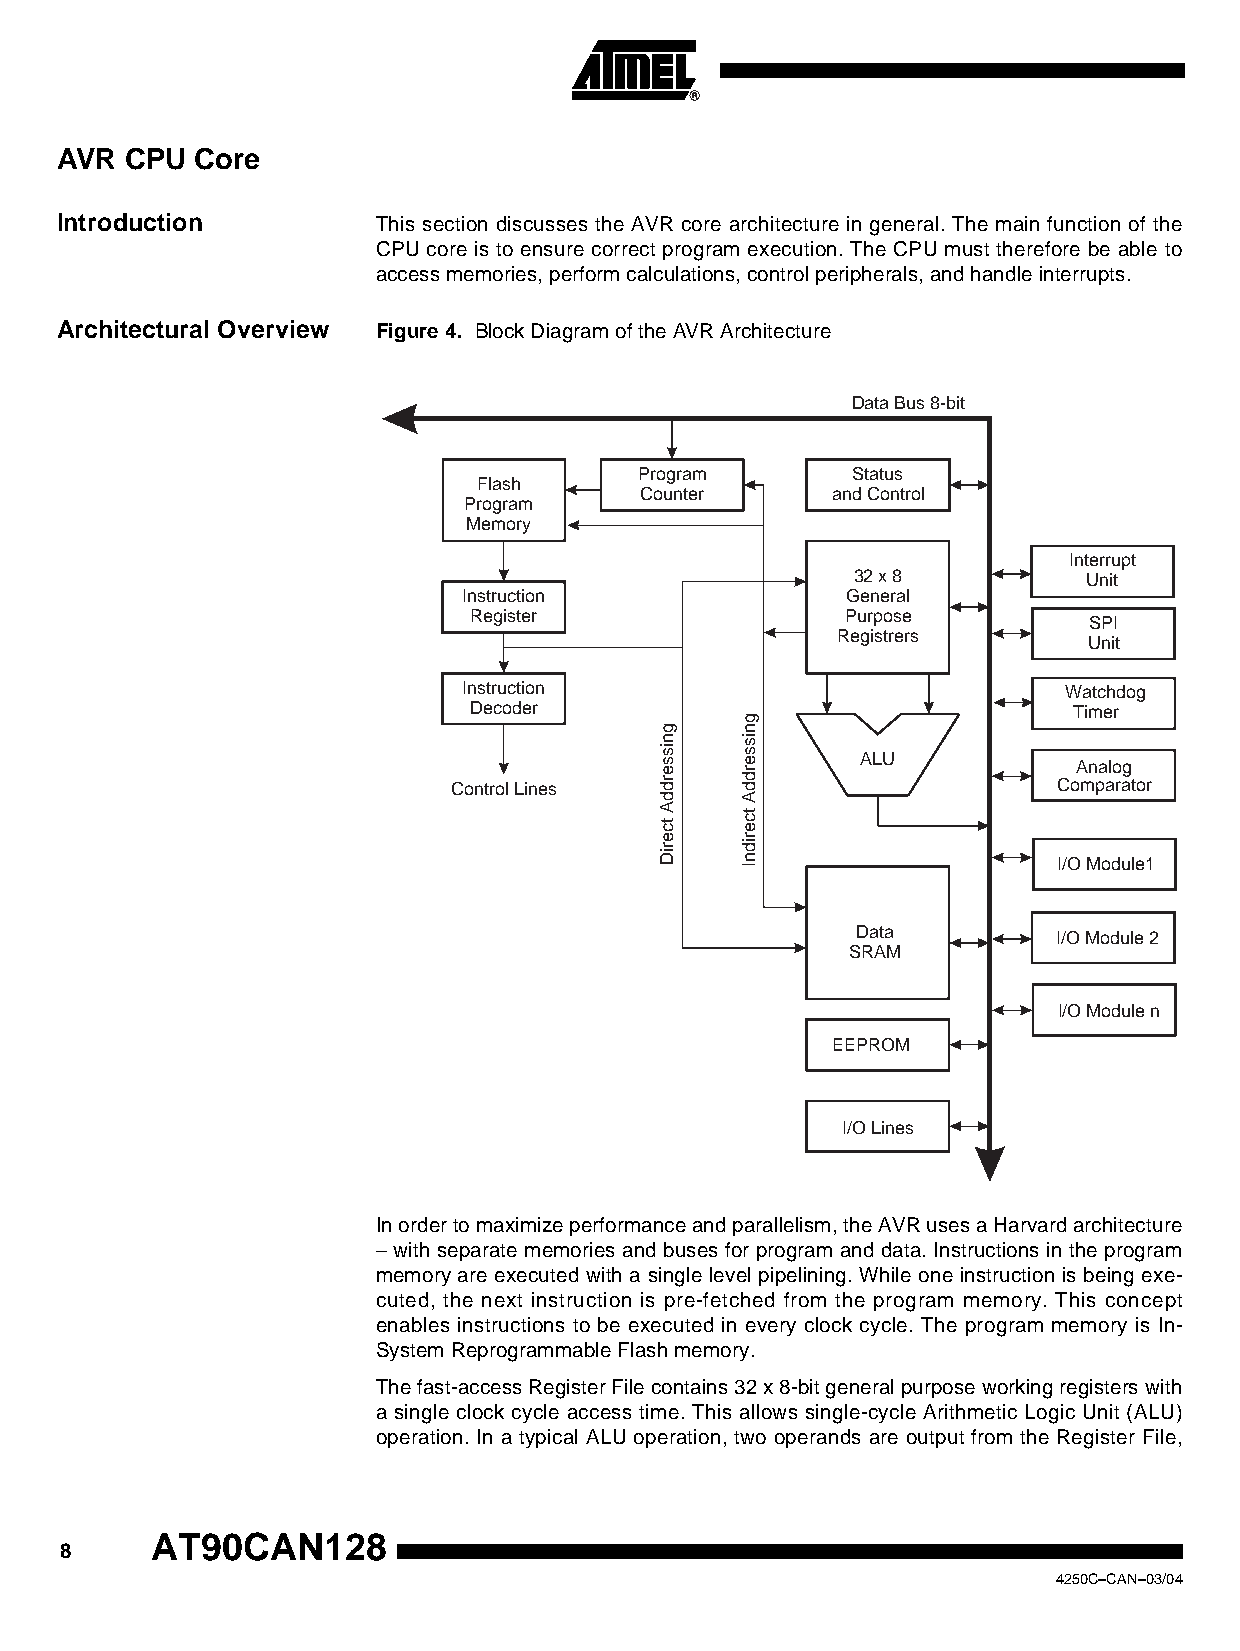
AVR CPU  Core
 Introduction         This section discusses the AVR core architecture in general. The main function of the
 CPU core is to ensure correct program execution. The CPU must therefore be able to
 access memories, perform calculations, control peripherals, and handle interrupts.
 Architectural Overview Figure 4. Block Diagram of the AVR Architecture
 Data Bus 8-bit
 Program       Status
 Flash
 Counter      and Control
 Program
 Memory
 Interrupt
 32 x 8          Unit
 Instruction              General
 Register                 Purpose
 SPI
 Registrers
 Unit
 Instruction                            Watchdog
 Decoder                                 Timer
 g
 g    n
 ssin essi
 ALU
 Analog
 Control Lines
 dre  ddr
 Comparator
 d    A
 ct
 A
 ect
 Dire Indir
 I/O Module1
 Data
 I/O Module 2
 SRAM
 I/O Module n
 EEPROM
 I/O Lines
 In order to maximize performance and parallelism, the AVR uses a Harvard architecture
 – with separate memories and buses for program and data. Instructions in the program
 memory are executed with a single level pipelining. While one instruction is being exe-
 cuted, the next instruction is pre-fetched from the program memory. This concept
 enables instructions to be executed in every clock cycle. The program memory is In-
 System Reprogrammable Flash memory.
 The fast-access Register File contains 32 x 8-bit general purpose working registers with
 a single clock cycle access time. This allows single-cycle Arithmetic Logic Unit (ALU)
 operation. In a typical ALU operation, two operands are output from the Register File,
 AT90CAN128
 8
 4250C–CAN–03/04